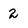
Character: 2